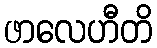
ဖာလေဟီတိ